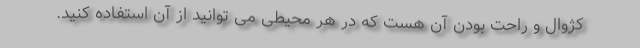
کژوال و راحت بودن آن هست که در هر محیطی می توانید از آن استفاده کنید.